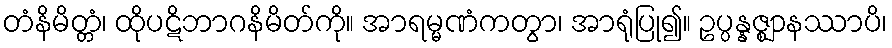
တံနိမိတ္တံ၊ ထိုပဋိဘာဂနိမိတ်ကို။ အာရမ္မဏံကတွာ၊ အာရုံပြု၍။ ဥပ္ပန္နဇ္ဈာနဿာပိ၊